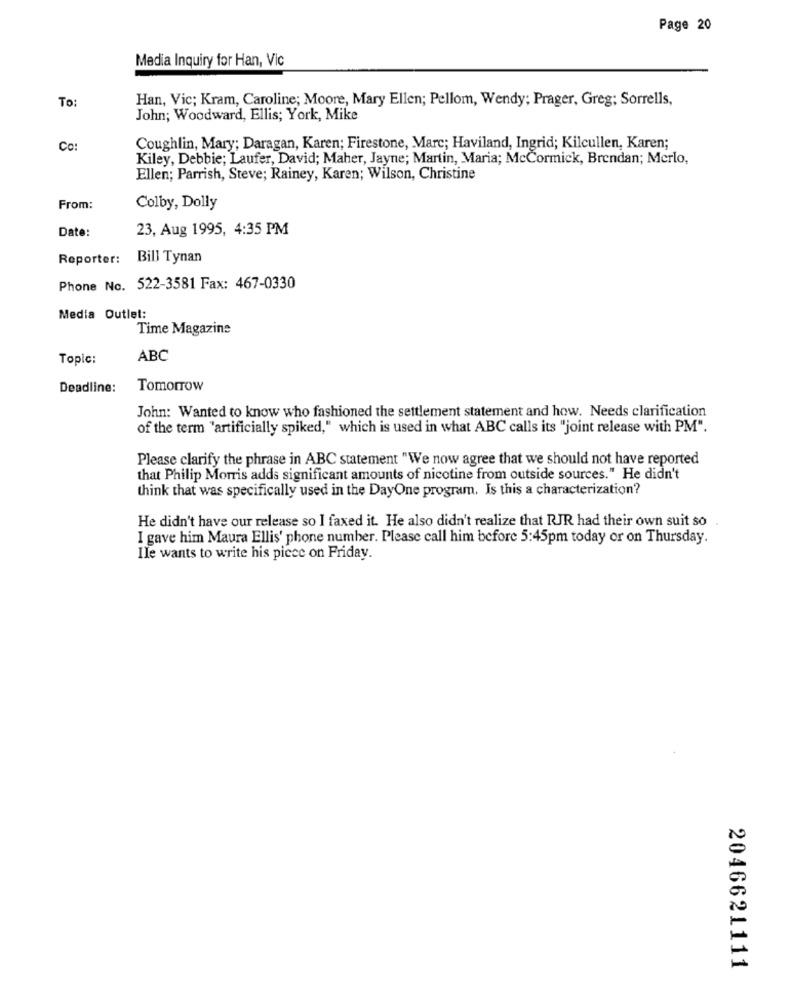
Page 20
Media Inquiry for Han, Vic
To:
Han, Vic; Kram, Caroline; Moore, Mary Ellen; Pellom, Wendy; Prager, Greg; Sorrells,
John; Woodward, Ellis; York, Mike
Co:
Coughlin, Mary; Daragan, Karen; Firestone, Marc; Haviland, Ingrid; Kilcullen, Karen;
Kiley, Debbie; Laufer, David; Maher, Jayne; Martin, Maria; McCormick, Brendan; Merlo,
Ellen; Parrish, Steve; Rainey, Karen; Wilson, Christine
From:
Colby, Dolly
23, Aug 1995, 4:35 PM
Date:
Reporter:
Bill Tynan
Phone No. 522-3581 Fax: 467-0330
Media Outlet:
Time Magazine
Topic:
ABC
Deadline:
Tomorrow
John: Wanted to know who fashioned the settlement statement and how. Needs clarification
of the term "artificially spiked," which is used in what ABC calls its "joint release with PM".
Please clarify the phrase in ABC statement "We now agree that we should not have reported
that Philip Morris adds significant amounts of nicotine from outside sources." He didn't
think that was specifically used in the DayOne program. Is this a characterization?
He didn't have our release so I faxed it. He also didn't realize that RJR had their own suit so
I gave him Maura Ellis' phone number. Please call him before 5:45pm today or on Thursday.
Ile wants to write his picce on Friday.
2046621111